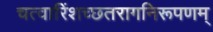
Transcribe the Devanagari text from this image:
चत्वारिंशच्छतरागनिरूपणम्‌